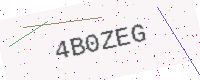
Text: 4B0ZEG